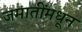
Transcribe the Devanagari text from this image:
जमातींमधून